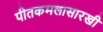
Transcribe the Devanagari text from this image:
पीतकमलासारखी